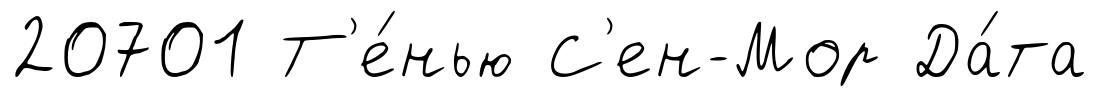
20701 Т'е́нью С'ен-Мор Да́та